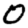
Digit: 0